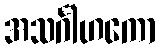
အသင်္ဂါဟကော